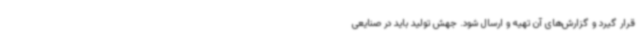
قرار گیرد و گزارش‌های آن تهیه و ارسال شود. جهش تولید باید در صنایعی